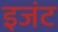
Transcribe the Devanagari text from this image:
इजंट